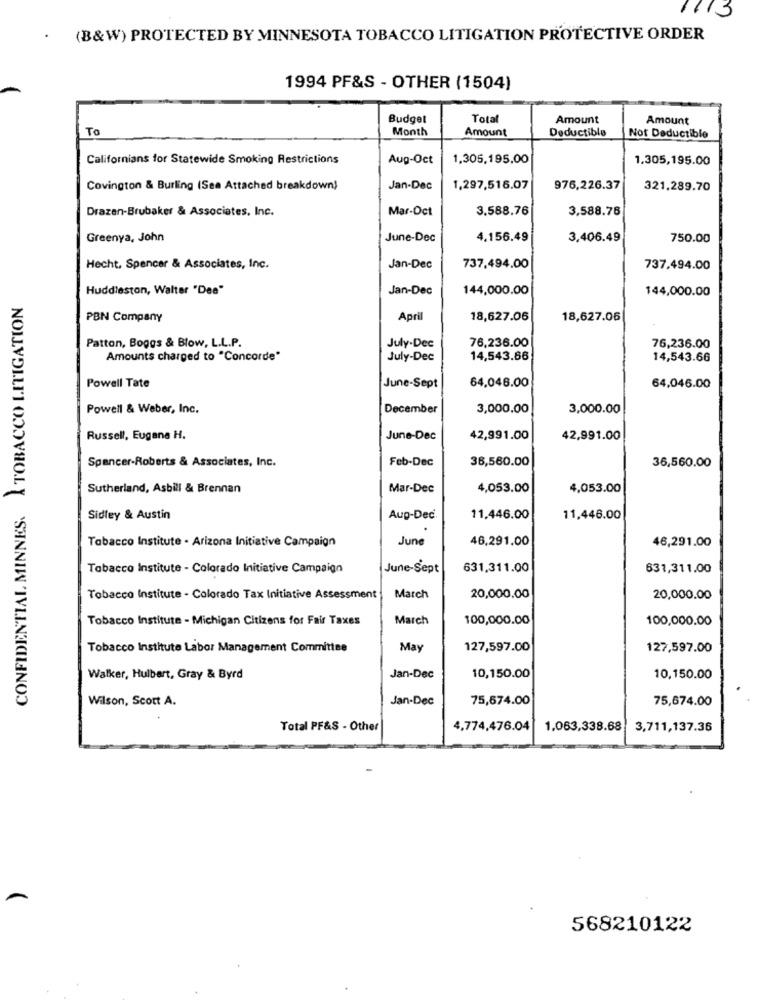
1113
(B&W) PROTECTED BY MINNESOTA TOBACCO LITIGATION PROTECTIVE ORDER
1994 PF&S - OTHER (1504)
Budget
Total
Amount
Amount
To
Month
Amount
Deductible
Not Deductible
Californians for Statewide Smoking Restrictions
Aug-Oct
1,305,195,00
1.305,195.00
Covington & Burling (See Attached breakdown)
Jan-Dec
1,297,516.07
976,226.37
321,289.70
Drazen-Brubaker & Associates, Inc.
Mar-Oct
3.588.76
3,588.76
Greenya, John
June-Dec
4.156.49
3,406.49
750.00
Hecht, Spencer & Associates, Inc.
Jan-Dec
737,494.00
737.494.00
Huddleston, Walter "Dee"
Jan-Dec
144,000.00
144,000.00
CONFIDENTIAL MINNES. ÀTOBACCO LITIGATION
PBN Company
April
18,627.06
18,627.06
Patton, Boggs & Blow, L.L.P.
July.Dec
76,236.00
76,236.00
Amounts charged to "Concorde"
July-Dec
14,543.66
14,543.66
64,046.00
Powell Tate
June-Sept
64,046.00
Powell & Weber, Inc.
December
3,000.00
3,000.00
Russell, Eugane H.
June-Dec
42,991.00
42,991.00
Spencer-Roberts & Associates, Inc.
Feb-Dec
36,560.00
36,560.00
Sutherland, Asbill & Brennan
Mar-Dec
4,053.00
4,053.00
Sidley & Austin
Aup-Dec
11,446.00
11,446.00
Tabacco Institute . Arizona Initiative Campaign
June
46,291.00
46,291.00
Tabacco Institute - Colorado Initiative Campaign
June-Sept
631,311.00
631,311.00
Tobacco Institute - Colorado Tax Initiative Assessment
March
20,000.00
20,000.00
Tobacco Institute - Michigan Citizens for Fair Taxes
March
100,000.00
100,000.00
Tobacco Institute Labor Management Committee
May
127,597.00
127,597.00
10,150.00
Walker, Hulbert, Gray & Byrd
Jan-Dec
10,150.00
Wilson, Scott A.
Jan-Dec
75,674.00
75,674.00
Total PF&S - Other
4,774,476.04
1,063,338.68
3,711,137.36
568210122